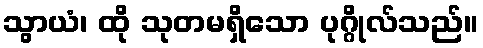
သွာယံ၊ ထို သုတမရှိသော ပုဂ္ဂိုလ်သည်။